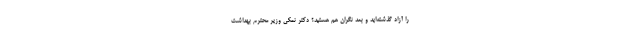
را آزاد گذشته‌اید و بعد نگران هم هستید؟ دکتر نمکی وزیر محترم بهداشت